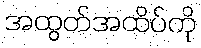
အထွတ်အထိပ်ကို